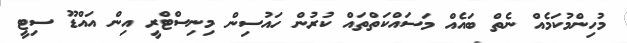
މުހިންމުކަމެއް ނެތް ބައެއް މަސައްކަތްތައް ކުރުން ހައުސިން މިނިސްޓްރީ އިން އައްޑޫ ސިޓީ